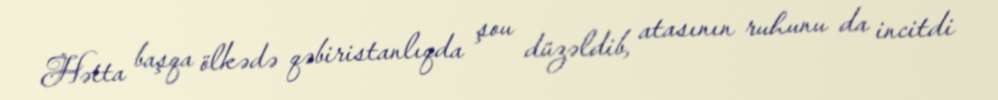
Hətta başqa ölkədə qəbiristanlıqda şou düzəldib, atasının ruhunu da incitdi